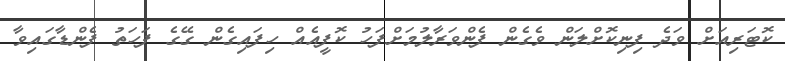
ކޮޓަރިއަށް ވަދެ ފިނިކޮށްލަން ވެގެން ފެންވަރާލުމަށްފަހު ކޮފީއެއް ހިފައިގެން ގޭގެ ފަހަތު ފެންޑާގައިވާ